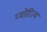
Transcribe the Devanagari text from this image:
प्योरिज्म